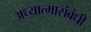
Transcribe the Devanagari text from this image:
अध्यात्मासंबंधी